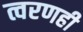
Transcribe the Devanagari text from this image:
त्वरणही